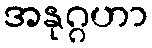
အနုဂ္ဂဟာ